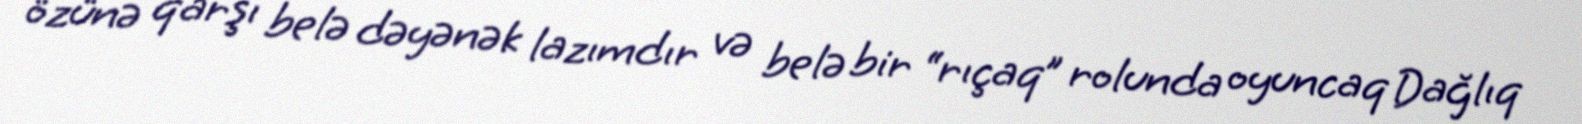
özünə qarşı belə dəyənək lazımdır və belə bir “rıçaq” rolunda oyuncaq Dağlıq